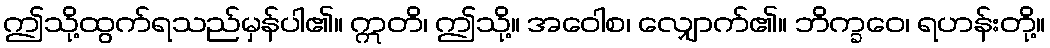
ဤသို့ထွက်ရသည်မှန်ပါ၏။ ဣတိ၊ ဤသို့။ အဝေါစ၊ လျှောက်၏။ ဘိက္ခဝေ၊ ရဟန်းတို့။